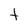
Character: t